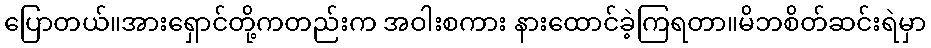
ပြောတယ်။အားရှောင်တို့ကတည်းက အဝါးစကား နားထောင်ခဲ့ကြရတာ။မိဘစိတ်ဆင်းရဲမှာ